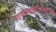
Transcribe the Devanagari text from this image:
सावंतवाडीजवळच्या